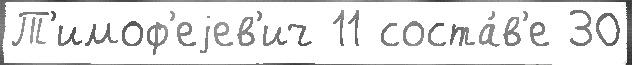
Т'имоф'еjев'ич 11 соста́в'е 30